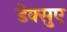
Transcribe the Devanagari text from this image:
डेक्सुए